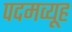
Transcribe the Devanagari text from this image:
पदमव्यूह